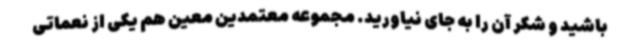
باشید و شکر آن را به جای نیاورید. مجموعه معتمدین معین هم یکی از نعماتی